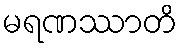
မရဏဿာတိ